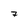
Character: 7